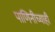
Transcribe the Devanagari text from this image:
पाणिनीच्याही